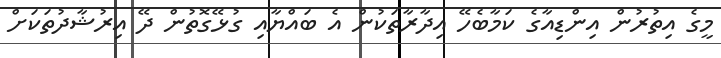
މީގެ އިތުރުން އިންޑިއާގެ ކަމާބެހޭ އިދާރާތަކުން އެ ބައްޔާއި ގުޅޭގޮތުން ދޭ އިރުޝާދުތަކަށް